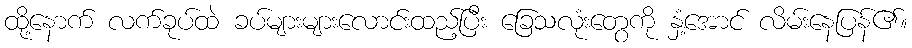
ထို့နောက် လက်ခုပ်ထဲ ခပ်များများလောင်းထည့်ပြီး ခြေသလုံးတွေကို နှံ့အောင် လိမ်းနေပြန်၏။